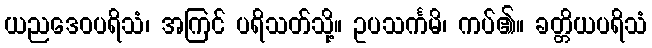
ယညဒေဝပရိသံ၊ အကြင် ပရိသတ်သို့။ ဥပသင်္ကမိ၊ ကပ်၏။ ခတ္တိယပရိသံ